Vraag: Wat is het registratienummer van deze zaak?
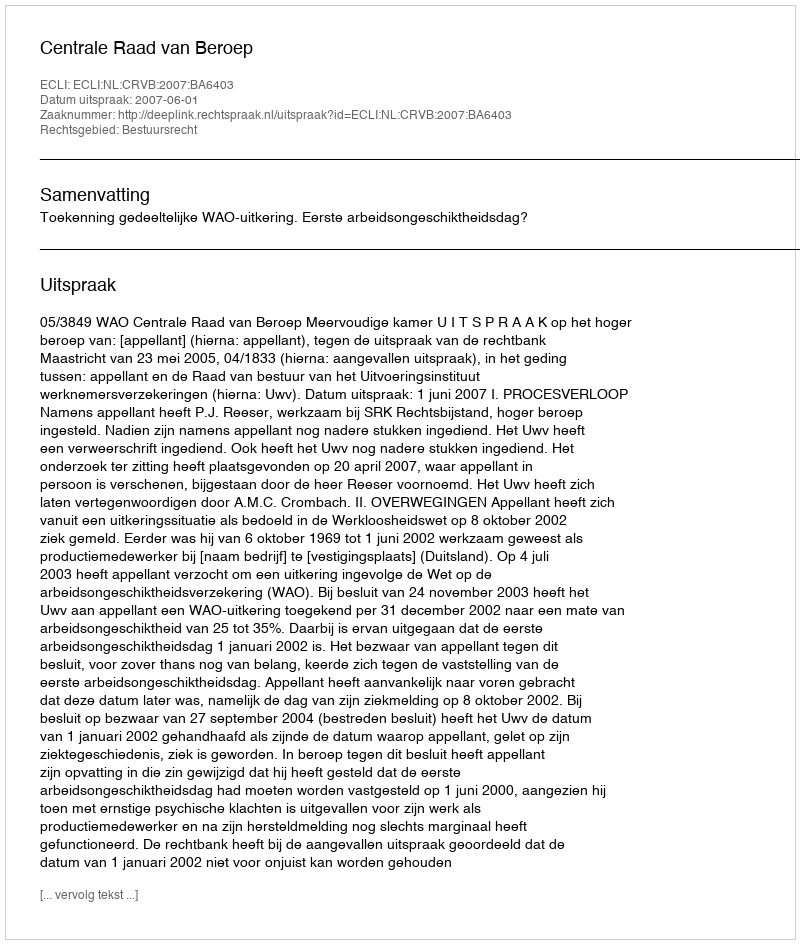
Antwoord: http://deeplink.rechtspraak.nl/uitspraak?id=ECLI:NL:CRVB:2007:BA6403